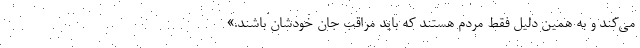
می‌کند و به همین دلیل فقط مردم هستند که باید مراقب جان خودشان باشند.»